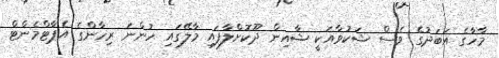
މާހާގެ އަބަދުގެ ވެސް ޝަކުވާއަކީ ޝާއިން ދޫކޮށްލާފައި މާލޭގައި ހުންނަ ރިހާންގެ އެޕާޓްމެންޓް